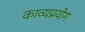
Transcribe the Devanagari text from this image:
काव्यप्रयोग